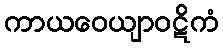
ကာယဝေယျာဝဋိကံ